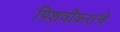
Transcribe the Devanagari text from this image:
पिशवीकरांचे